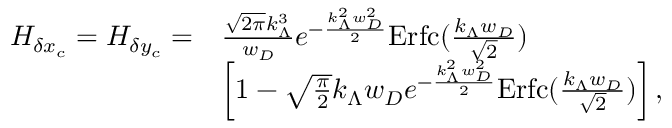
\begin{array} { r l } { H _ { \delta x _ { c } } = H _ { \delta y _ { c } } = } & { \frac { \sqrt { 2 \pi } k _ { \Lambda } ^ { 3 } } { w _ { D } } e ^ { - \frac { k _ { \Lambda } ^ { 2 } w _ { D } ^ { 2 } } { 2 } } \mathrm { E r f c } ( \frac { k _ { \Lambda } w _ { D } } { \sqrt { 2 } } ) } \\ & { \left[ 1 - \sqrt { \frac { \pi } { 2 } } k _ { \Lambda } w _ { D } e ^ { - \frac { k _ { \Lambda } ^ { 2 } w _ { D } ^ { 2 } } { 2 } } \mathrm { E r f c } ( \frac { k _ { \Lambda } w _ { D } } { \sqrt { 2 } } ) \right] , } \end{array}